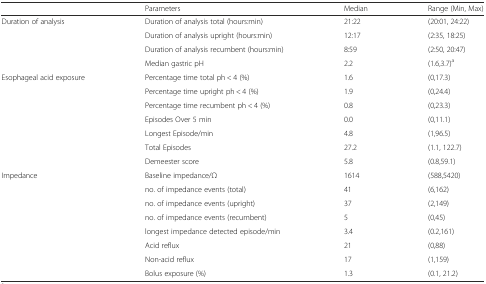
<table><thead><tr><td></td><td><b>Parameters</b></td><td><b>Median</b></td><td><b>Range (Min, Max)</b></td></tr></thead><tbody><tr><td rowspan="4">Duration of analysis</td><td>Duration of analysis total (hours:min)</td><td>21:22</td><td>(20:01, 24:22)</td></tr><tr><td>Duration of analysis upright (hours:min)</td><td>12:17</td><td>(2:35, 18:25)</td></tr><tr><td>Duration of analysis recumbent (hours:min)</td><td>8:59</td><td>(2:50, 20:47)</td></tr><tr><td>Median gastric pH</td><td>2.2</td><td>(1.6,3.7)<sup>a</sup></td></tr><tr><td rowspan="7">Esophageal acid exposure</td><td>Percentage time total ph &lt; 4 (%)</td><td>1.6</td><td>(0,17.3)</td></tr><tr><td>Percentage time upright ph &lt; 4 (%)</td><td>1.9</td><td>(0,24.4)</td></tr><tr><td>Percentage time recumbent ph &lt; 4 (%)</td><td>0.8</td><td>(0,23.3)</td></tr><tr><td>Episodes Over 5 min</td><td>0.0</td><td>(0,11.1)</td></tr><tr><td>Longest Episode/min</td><td>4.8</td><td>(1,96.5)</td></tr><tr><td>Total Episodes</td><td>27.2</td><td>(1.1, 122.7)</td></tr><tr><td>Demeester score</td><td>5.8</td><td>(0.8,59.1)</td></tr><tr><td rowspan="7">Impedance</td><td>Baseline impedance/Ω</td><td>1614</td><td>(588,5420)</td></tr><tr><td>no. of impedance events (total)</td><td>41</td><td>(6,162)</td></tr><tr><td>no. of impedance events (upright)</td><td>37</td><td>(2,149)</td></tr><tr><td>no. of impedance events (recumbent)</td><td>5</td><td>(0,45)</td></tr><tr><td>longest impedance detected episode/min</td><td>3.4</td><td>(0.2,161)</td></tr><tr><td>Acid reflux</td><td>21</td><td>(0,88)</td></tr><tr><td>Non-acid reflux</td><td>17</td><td>(1,159)</td></tr><tr><td></td><td>Bolus exposure (%)</td><td>1.3</td><td>(0.1, 21.2)</td></tr></tbody></table>